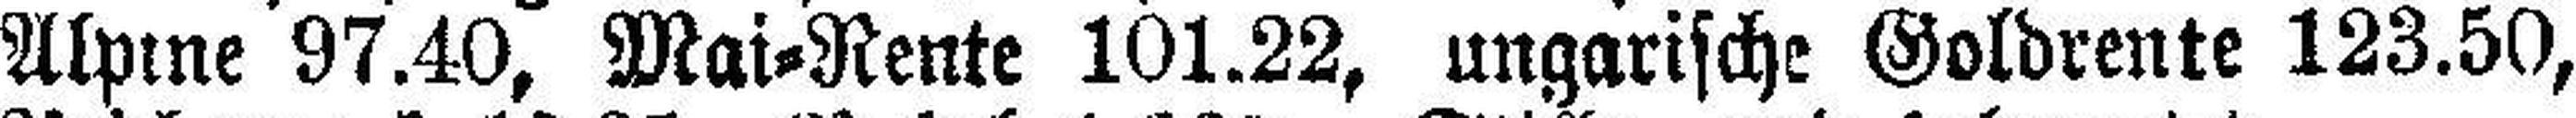
Alpine 97.40, Mai=Rente 101.22, ungarische Goldrente 123.50,